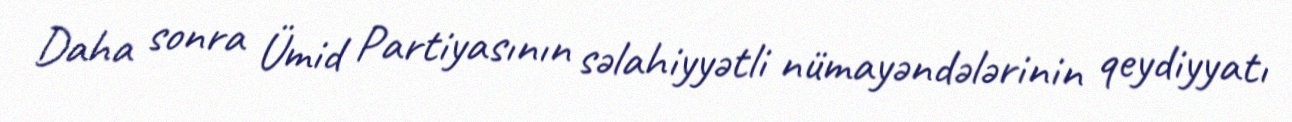
Daha sonra Ümid Partiyasının səlahiyyətli nümayəndələrinin qeydiyyatı